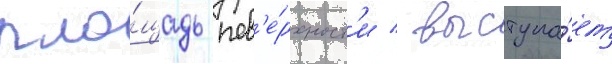
пло́щадь пов'е́рхност'и / выступа́ет